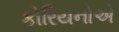
કોરિયનોએ